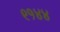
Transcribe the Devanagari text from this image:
९१४४